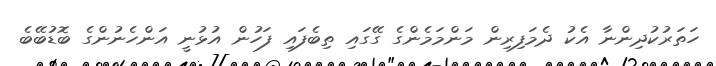
ހަތަރުކުދިންނާ އެކު ދެމަފިރިން މަންމަމެންގެ ގޭގައި ތިބެފައި ފަހުން އުޅުނީ އަންހެނުންގެ ބޮޑުބޭބެ